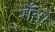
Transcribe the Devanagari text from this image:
सँडो